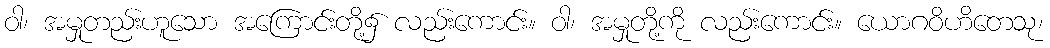
ဝါ၊ အမှုတည်းဟူသော အကြောင်းတို့၌ လည်းကောင်း။ ဝါ၊ အမှုတို့ကို လည်းကောင်း။ ယောဂဝိဟိတေသု၊